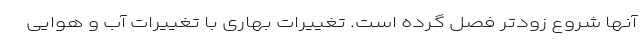
آنها شروع زودتر فصل گرده است. تغییرات بهاری با تغییرات آب و هوایی